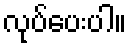
လုပ်ပေးပါ။